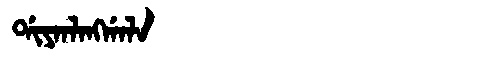
Manchu: ᡩᡳᠶᠠᠨᠯᠠᠩᡤᠠᠯᠠ
Romanization: DIYANLANGGALA